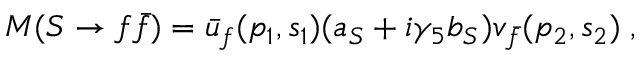
M ( S \rightarrow f \bar { f } ) = \bar { u } _ { f } ( p _ { 1 } , s _ { 1 } ) ( a _ { S } + i \gamma _ { 5 } b _ { S } ) v _ { \bar { f } } ( p _ { 2 } , s _ { 2 } ) \; ,